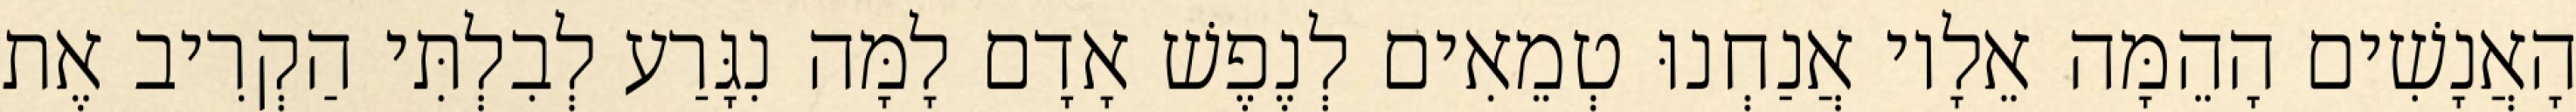
הָאֲנָשִׁים הָהֵמָּה אֵלָיו אֲנַחְנוּ טְמֵאִים לְנֶפֶשׁ אָדָם לָמָּה נִגָּרַע לְבִלְתִּי הַקְרִיב אֶת